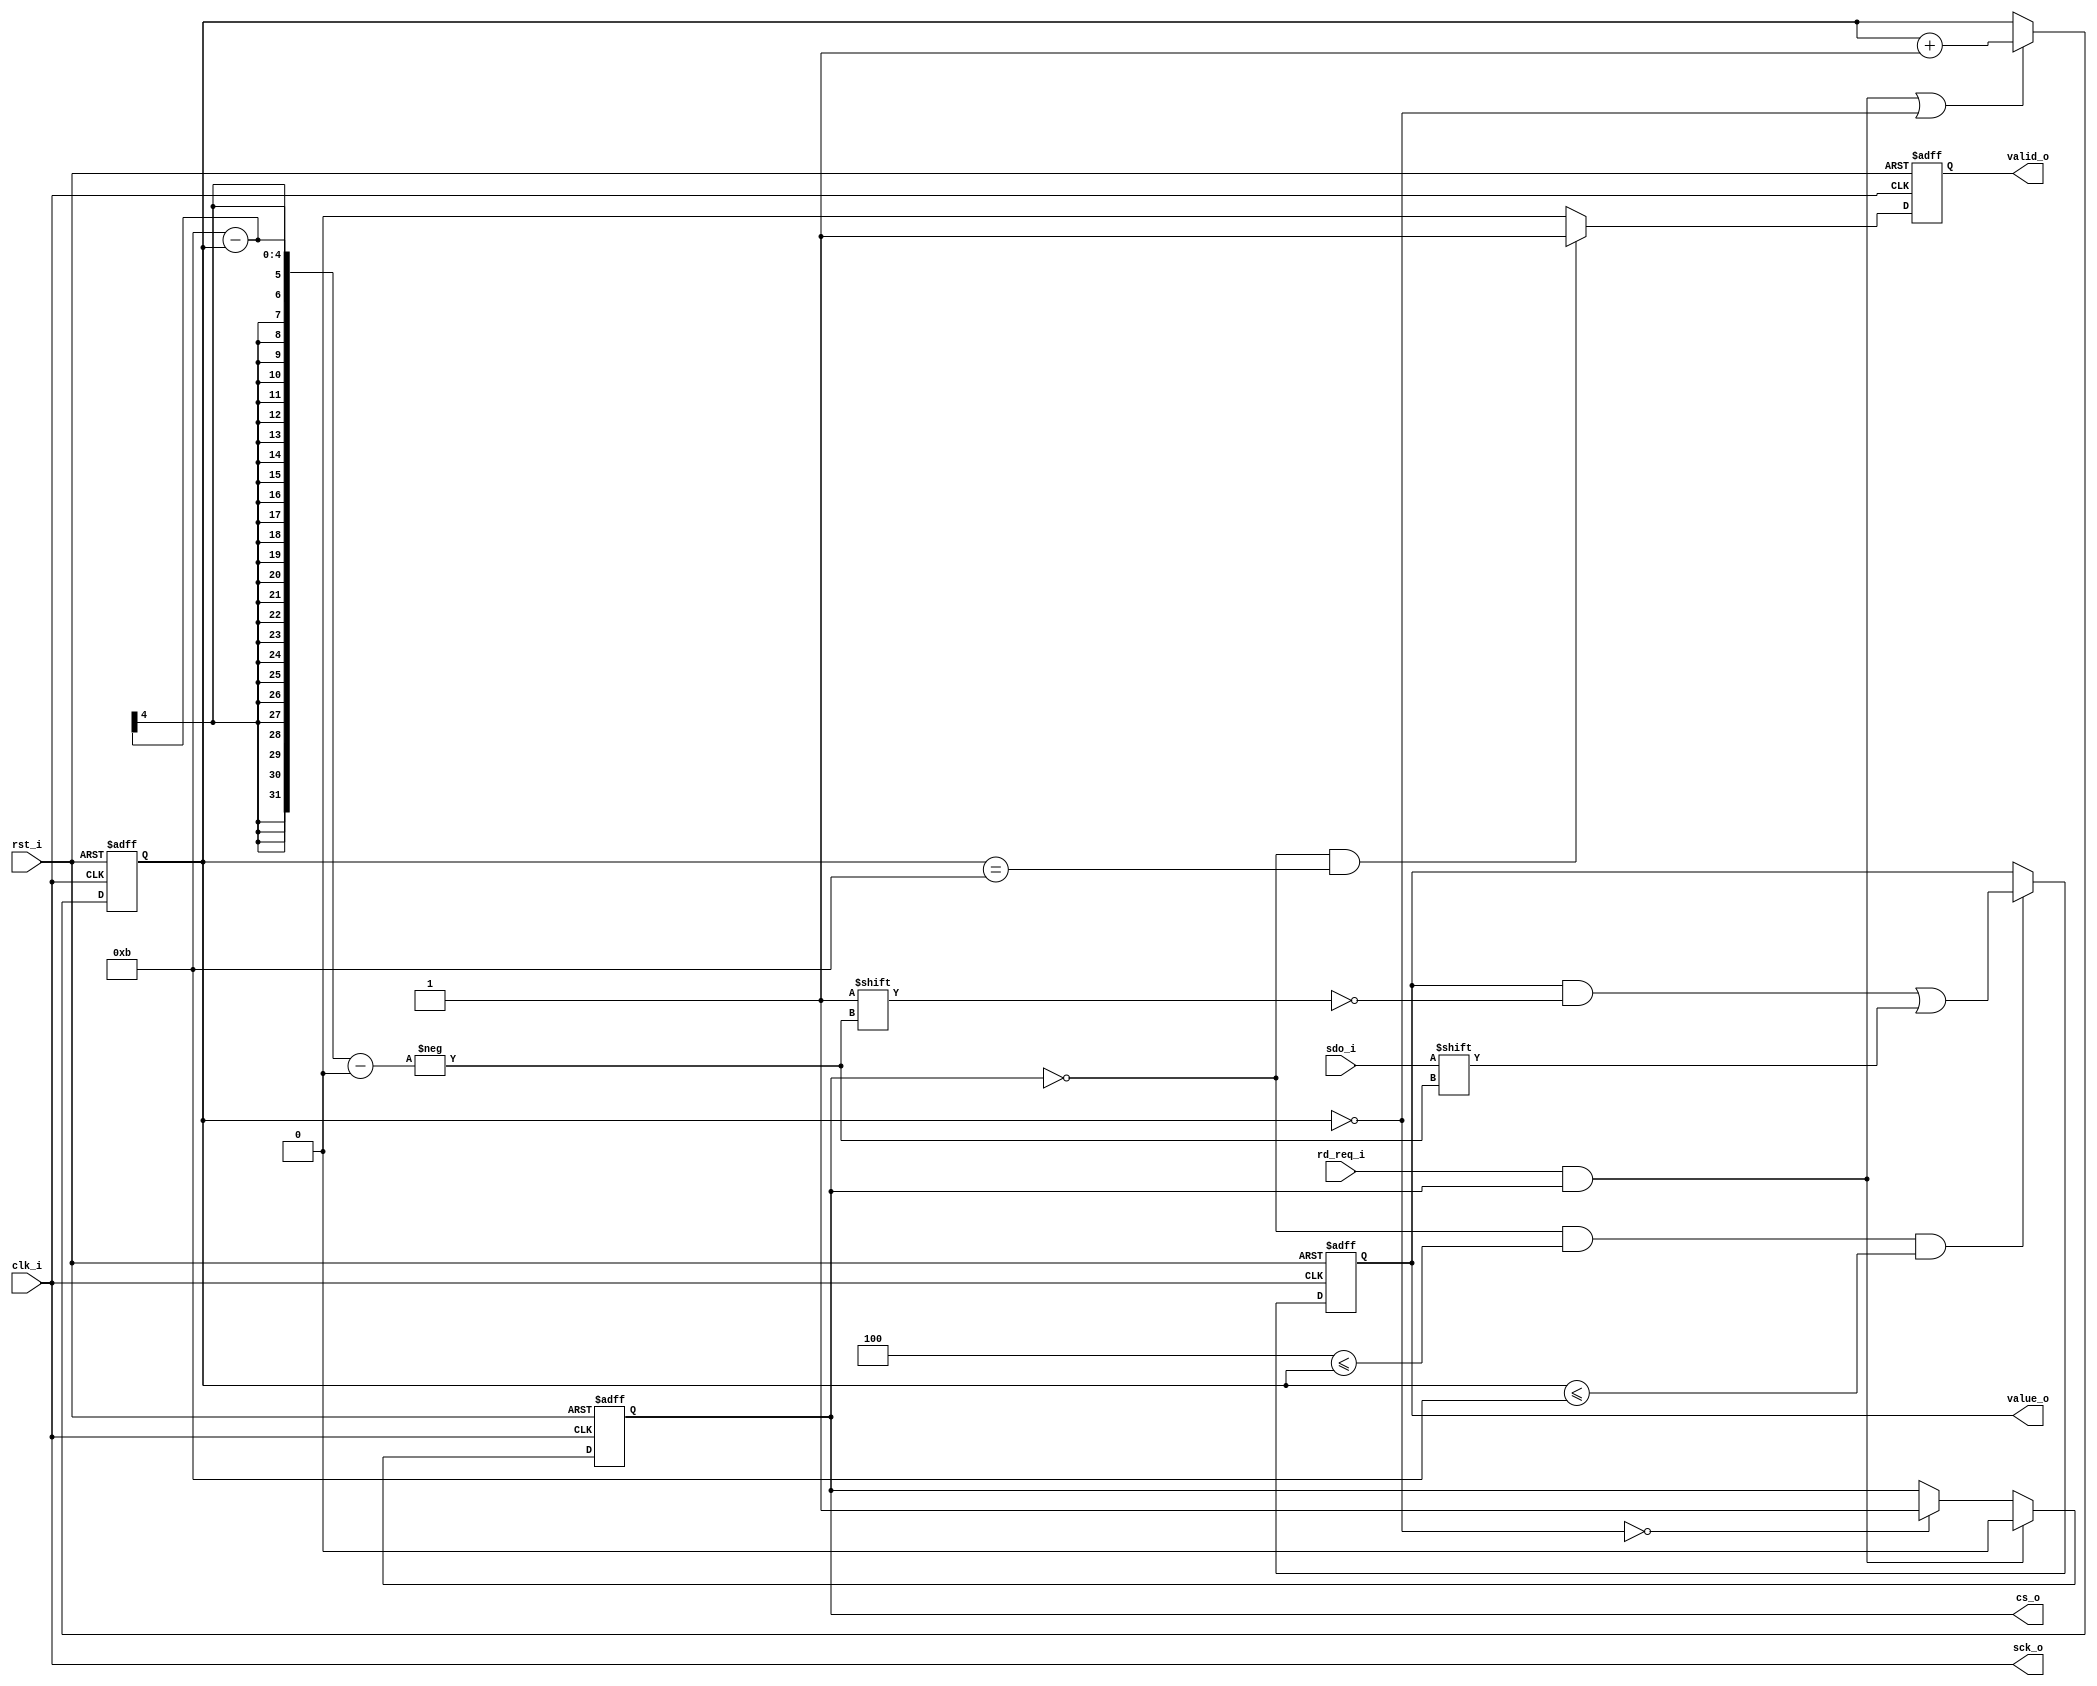
`timescale 1ns / 1ps
//////////////////////////////////////////////////////////////////////////////////
// Company: 
// Engineer: 
// 
// Design Name: 
// Module Name: pmod_als_rd
// Project Name: 
// Target Devices: 
// Tool Versions: 
// Description: 
// 
// Dependencies: 
// 
// Revision:
// Revision 0.01 - File Created
// Additional Comments:
// 
//////////////////////////////////////////////////////////////////////////////////


module pmod_als_rd (
  input               clk_i,
  input               rst_i,
  
  // read request strobe
  input               rd_req_i,
  
  // value state strobe and value from spi
  output  reg         valid_o,
  output  reg [7 : 0] value_o,
  
  // SPI interface signals
  output  reg         cs_o,
  output              sck_o,
  input               sdo_i
);

reg [3 : 0] counter;

assign sck_o = clk_i;

always @( negedge clk_i or posedge rst_i )
  if ( rst_i )
    counter <= ~0;
  else 
    // the transfer request is handled only when module is idle (i. e. cs_o == 1)
    // ( ~counter ) is equivalent to ( counter != <maxvalue of counter> )
    if ( ( rd_req_i && cs_o ) || ( ~counter ) )
      counter <= counter + 1;
    
always @( negedge clk_i or posedge rst_i )
  if ( rst_i )
    cs_o <= 1;
  else
    if ( rd_req_i && cs_o )
      cs_o <= 0;
    else
      if ( !( ~counter ) )
        cs_o <= 1;

always @( posedge clk_i or posedge rst_i )
  if ( rst_i )
    value_o <= 0;
  else
    // if the counter state is 0 - nothing is doing (delay for ADC); 1, 2, 3 - leading zeroes
    // 4, ..., 11 - information bits; 12, ..., 15 - trailng zeroes
    if ( !cs_o && ( 4 <= counter ) && ( counter <= 11 ) )
      value_o[11 - counter] <= sdo_i;

always @( posedge clk_i or posedge rst_i )
  if ( rst_i )
    valid_o <= 0;
  else 
    if ( !cs_o && ( counter == 11 ) )
      valid_o <= 1;
    else 
      valid_o <= 0;

endmodule